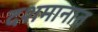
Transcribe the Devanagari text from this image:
दशमानात